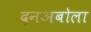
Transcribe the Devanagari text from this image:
दनअबोला